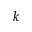
k